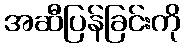
အဆီပြန်ခြင်းကို